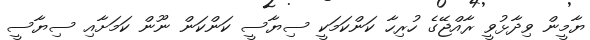
ޔާމީން ވިދާޅުވީ ރާއްޖޭގެ ހުރިހާ ކަންކަމަކީ ސިޔާސީ ކަންކަން ނޫން ކަމަށާއި ސިޔާސީ